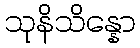
သုနိသိန္နော